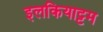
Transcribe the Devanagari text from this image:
इलकियाट्टम